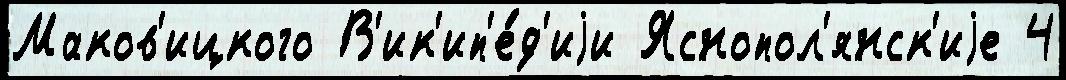
Маков'ицкого В'ик'ип'е́д'иjи Яснопол'янск'иjе 4